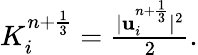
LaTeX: \begin{array}{r}{K_{i}^{n+\frac{1}{3}}=\frac{|\mathbf u_{i}^{n+\frac{1}{3}}|^{2}}{2}.}\end{array}